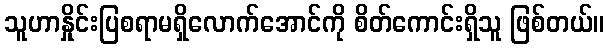
သူဟာနှိုင်းပြစရာမရှိလောက်အောင်ကို စိတ်ကောင်းရှိသူ ဖြစ်တယ်။